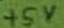
Text: +5V